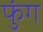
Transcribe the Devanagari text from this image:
फुंग